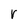
Character: r